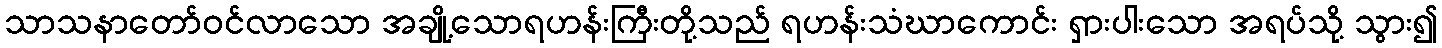
သာသနာတော်ဝင်လာသော အချို့သောရဟန်းကြီးတို့သည် ရဟန်းသံဃာကောင်း ရှားပါးသော အရပ်သို့ သွား၍